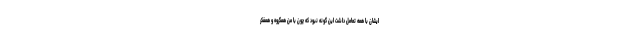
ایشان با همه تعامل داشت این گونه نبود که چون با من همگروه و همفکر